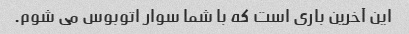
این آخرین باری است که با شما سوار اتوبوس می شوم.